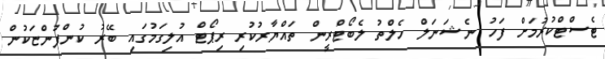
ޓެސްޓްކުރުމަށް ފަހު ނެޝަނަލް ހެލްތު ލެބޯޓްރީން ތައްޔާރުކުރި ރިޕޯޓް އުލިގަމުގައި ބޭރު ކުންފުންޏަކުން